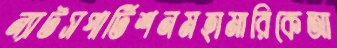
ন্যাটসপার্টিশনমহামারিকেআ